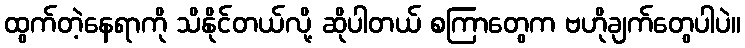
ထွက်တဲ့နေရာကို သိနိုင်တယ်လို့ ဆိုပါတယ် စကြာတွေက ဗဟိုချက်တွေပါပဲ။